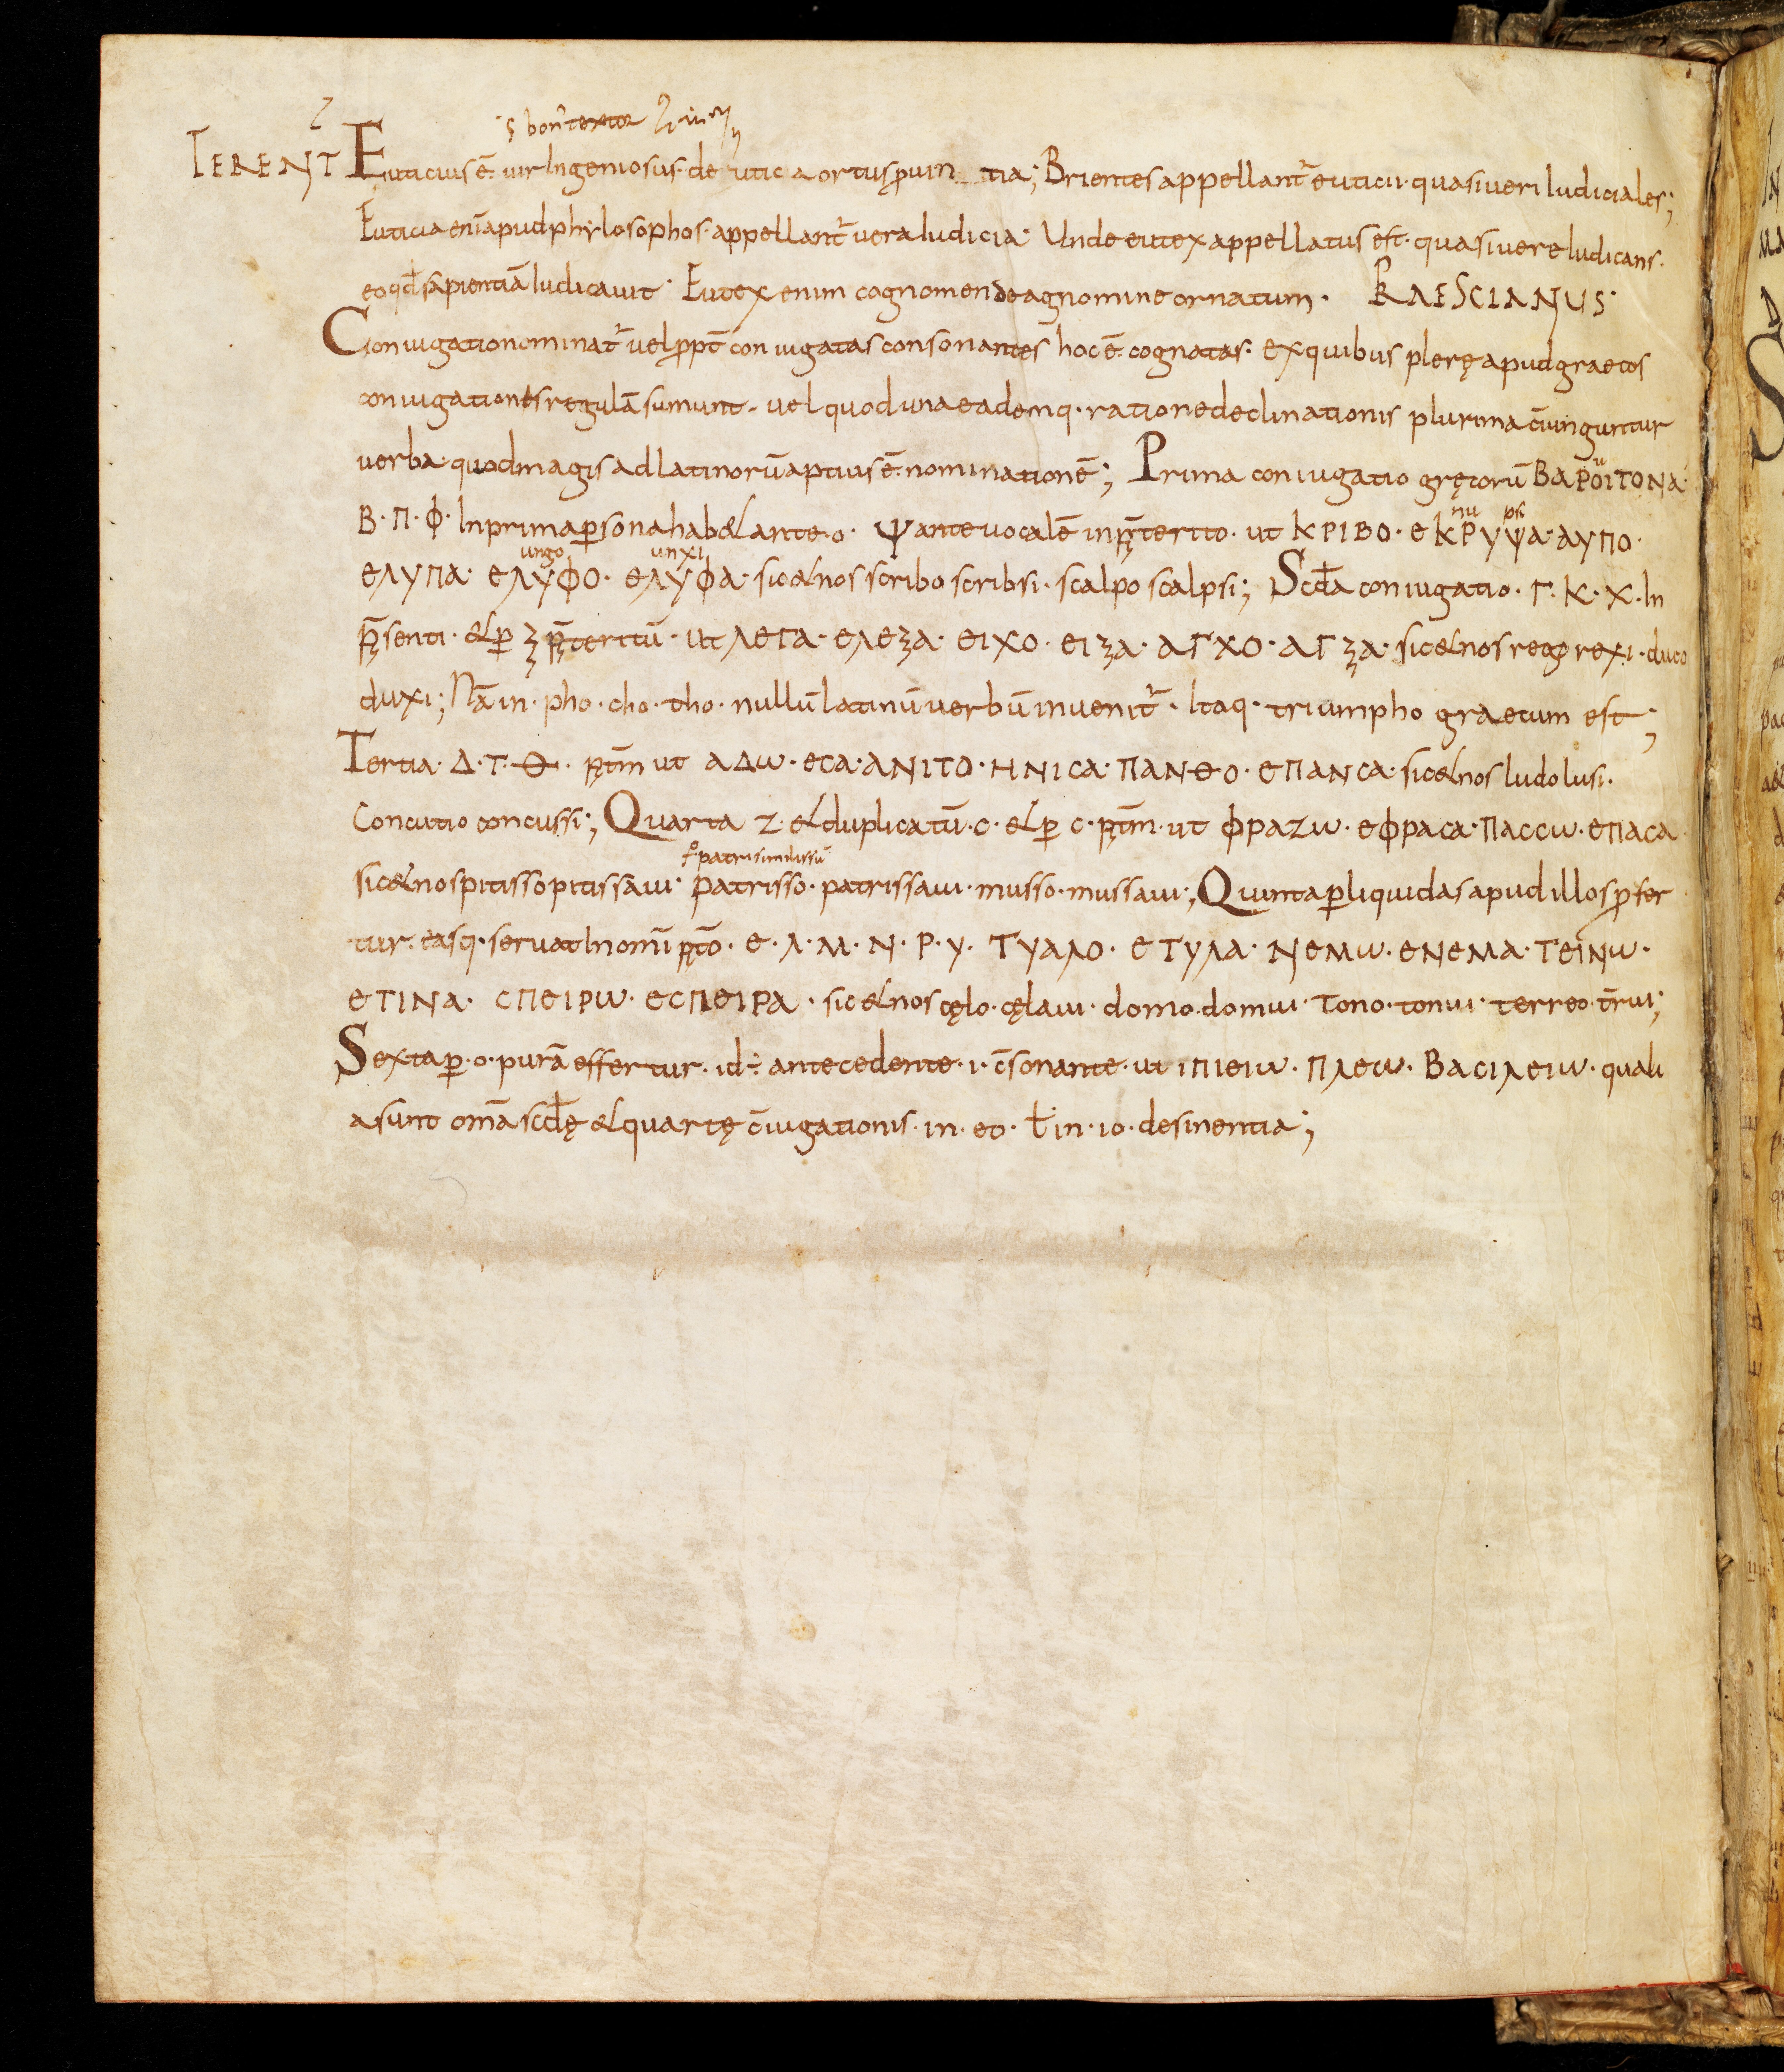
Shelfmark: Bamberg, Staatsbibliothek, MS Class. 30
Century: 9